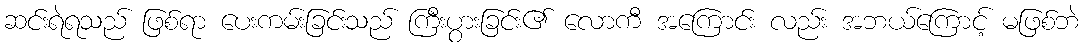
ဆင်းရဲရသည် ဖြစ်ရာ ပေးကမ်းခြင်းသည် ကြီးပွားခြင်း၏ လောကီ အကြောင်း လည်း အဘယ်ကြောင့် မဖြစ်ဘဲ